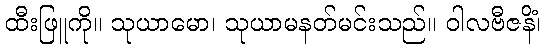
ထီးဖြူကို။ သုယာမော၊ သုယာမနတ်မင်းသည်။ ဝါလဗီဇနိံ၊